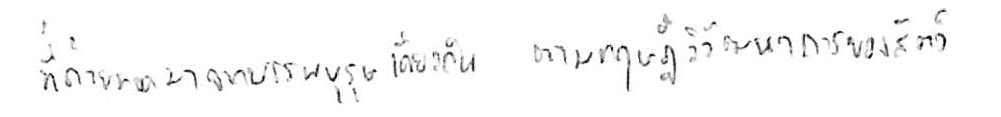
ที่ถ่ายทอดมาจากบรรพบุรุษเดียวกัน ตามทฤษฎีวิวัฒนาการของสัตว์